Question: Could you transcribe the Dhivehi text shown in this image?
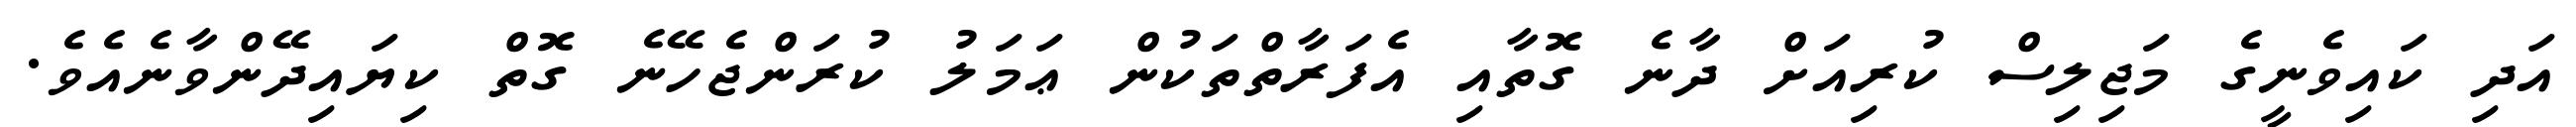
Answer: އަދި ކައިވެނީގެ މަޖިލިސް ކުރިއަށް ދާނެ ގޮތާއި އެފަރާތްތަކުން ޢަމަލު ކުރަންޖެހޭނެ ގޮތް ކިޔައިދޭންވާނެއެވެ.